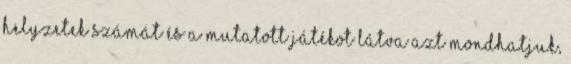
helyzetek számát és a mutatott játékot látva azt mondhatjuk,